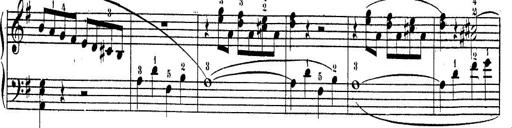
Title: Piano Sonatine No.2
Composer: Peter Piel
Key: G major